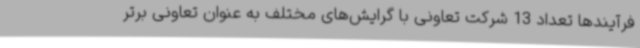
فرآیندها تعداد 13 شرکت تعاونی با گرایش‌های مختلف به عنوان تعاونی برتر